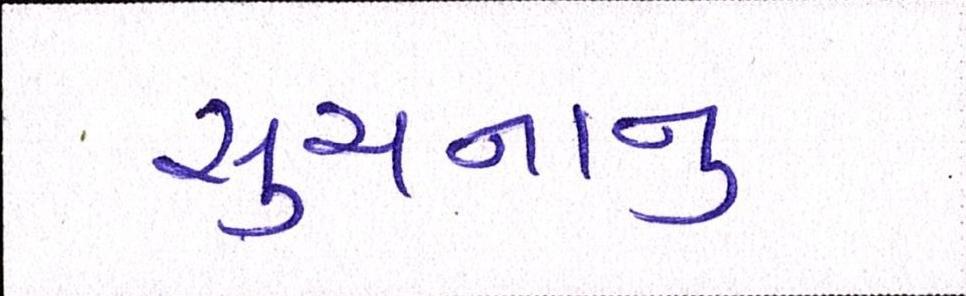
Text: સુચનાનુ